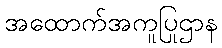
အထောက်အကူပြုဌာန